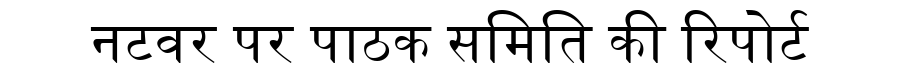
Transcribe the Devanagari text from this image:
नटवर पर पाठक समिति की रिपोर्ट